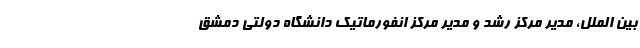
بین الملل، مدیر مرکز رشد و مدیر مرکز انفورماتیک دانشگاه دولتی دمشق